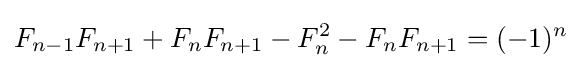
F_{n-1}F_{n+1}+F_{n}F_{n+1}-F_{n}^{2}-F_{n}F_{n+1}=(-1)^{n}